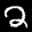
Label: 2